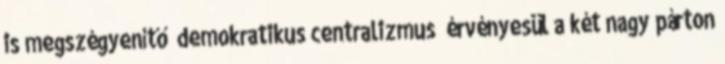
is megszégyenítő „demokratikus centralizmus” érvényesül a két nagy párton